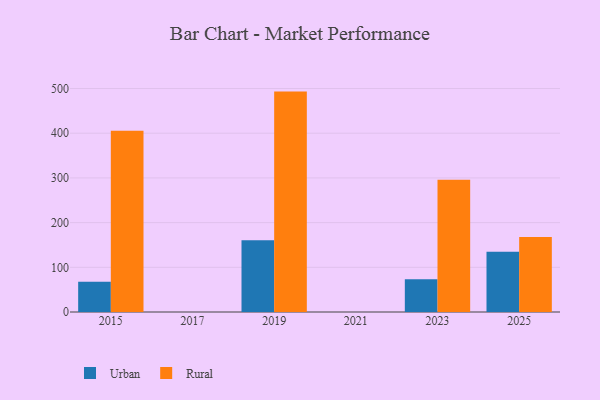
{"axis": {"x": "Year", "y": "Tickets Resolved"}, "legend": ["Rural", "Urban"], "data": [{"x": "2023", "y": 73.5, "type": "Urban"}, {"x": "2023", "y": 296.1, "type": "Rural"}, {"x": "2015", "y": 67.5, "type": "Urban"}, {"x": "2015", "y": 405.4, "type": "Rural"}, {"x": "2019", "y": 160.6, "type": "Urban"}, {"x": "2019", "y": 493.1, "type": "Rural"}, {"x": "2025", "y": 134.7, "type": "Urban"}, {"x": "2025", "y": 168.0, "type": "Rural"}]}